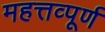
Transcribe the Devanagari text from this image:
महत्तव्पूर्ण